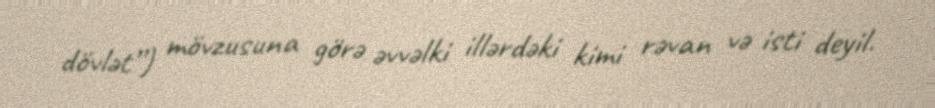
dövlət”) mövzusuna görə əvvəlki illərdəki kimi rəvan və isti deyil.